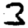
Digit: 3